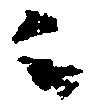
ニ